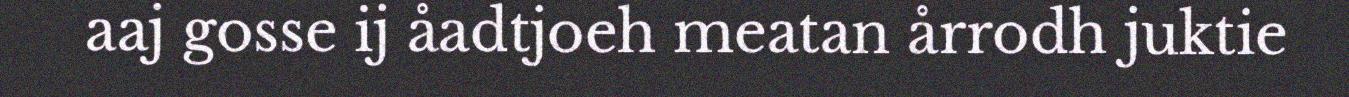
aaj gosse ij åadtjoeh meatan årrodh juktie